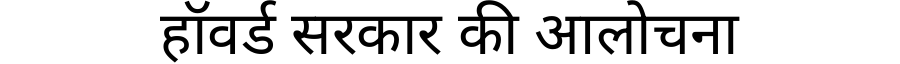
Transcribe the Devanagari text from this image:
हॉवर्ड सरकार की आलोचना